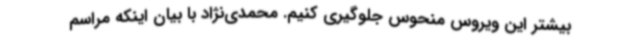
بیشتر این ویروس منحوس جلوگیری کنیم. محمدی‌نژاد با بیان اینکه مراسم